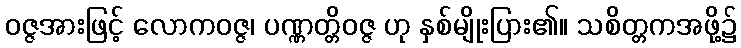
ဝဇ္ဇအားဖြင့် လောကဝဇ္ဇ၊ ပဏ္ဏတ္တိဝဇ္ဇ ဟု နှစ်မျိုးပြား၏။ သစိတ္တကအဖို့၌